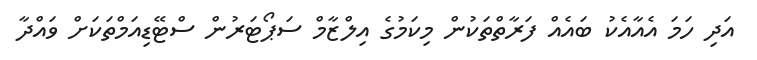
އަދި ހަމަ އެއާއެކު ބައެއް ފަރާތްތަކުން މިކަމުގެ އިލްޒާމް ސަޕޯޓަރުން ސްޓޭޑިއަމްތަކަށް ވައްދާ